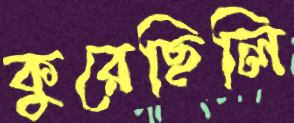
কুরেছিলি